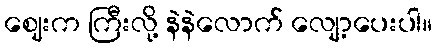
ဈေးက ကြီးလို့ နဲနဲလောက် လျော့ပေးပါ။